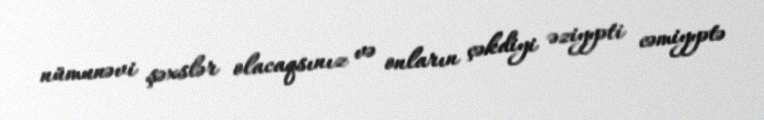
nümunəvi şəxslər olacaqsınız və onların çəkdiyi əziyyəti cəmiyyətə